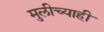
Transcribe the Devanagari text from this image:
मुलीच्याही